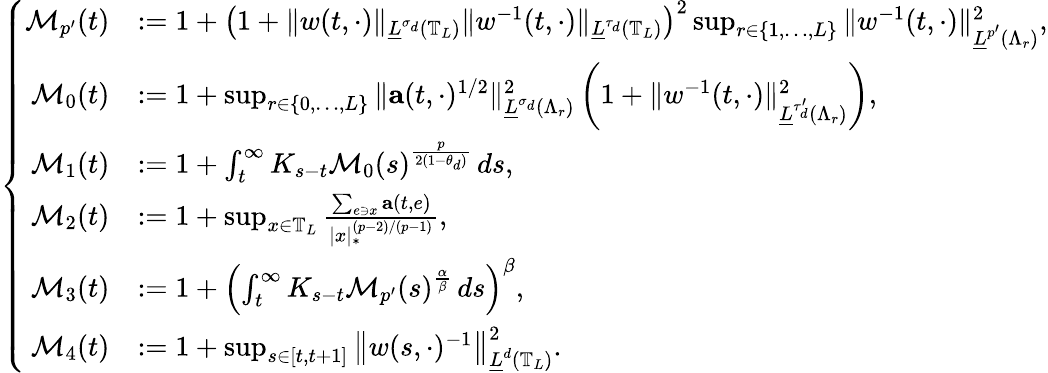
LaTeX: \left\{ \begin{array}{rl}{\mathcal{M}_{p^{\prime}}(t)}&{:=1+\left(1+\| w(t,\cdot)\| _{\underline{{L}}^{\sigma_{d}}\left(\mathbb{T}_{L}\right)}\| w^{-1}(t,\cdot)\| _{\underline{{L}}^{\tau_{d}}\left(\mathbb{T}_{L}\right)}\right)^{2}\operatorname*{sup}_{r\in\{ 1,\ldots,L\} }\| w^{-1}(t,\cdot)\| _{\underline{{L}}^{p^{\prime}}(\Lambda_{r})}^{2},}\\ {\mathcal{M}_{0}(t)}&{:=1+\operatorname*{sup}_{r\in\{ 0,\ldots,L\} }\| \mathbf{a}(t,\cdot)^{1/2}\| _{\underline{{L}}^{\sigma_{d}}\left(\Lambda_{r}\right)}^{2}\left(1+\| w^{-1}(t,\cdot)\| _{\underline{{L}}^{\tau_{d}^{\prime}}\left(\Lambda_{r}\right)}^{2}\right),}\\ {\mathcal{M}_{1}(t)}&{:=1+\int_{t}^{\infty}K_{s-t}\mathcal{M}_{0}(s)^{\frac{p}{2(1-\theta_{d})}}\, ds,}\\ {\mathcal{M}_{2}(t)}&{:=1+\operatorname*{sup}_{x\in\mathbb{T}_{L}}\frac{\sum_{e\ni x}\mathbf{a}(t,e)}{|x|_{*}^{(p-2)/(p-1)}},}\\ {\mathcal{M}_{3}(t)}&{:=1+\left(\int_{t}^{\infty}K_{s-t}\mathcal{M}_{p^{\prime}}(s)^{\frac{\alpha}{\beta}}\, ds\right)^{\beta},}\\ {\mathcal{M}_{4}(t)}&{:=1+\operatorname*{sup}_{s\in[t,t+1]}\left\| w(s,\cdot)^{-1}\right\| _{\underline{{L}}^{d}(\mathbb{T}_{L})}^{2}.}\end{array}\right.